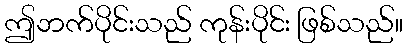
ဤဘက်ပိုင်းသည် ကုန်းပိုင်း ဖြစ်သည်။